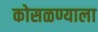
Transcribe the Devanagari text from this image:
कोसळण्याला